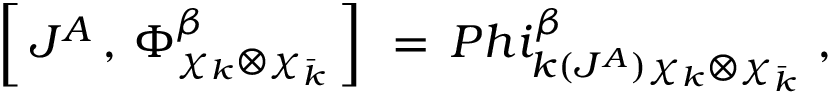
\left[ \, J ^ { A } \, , \, \Phi _ { \chi _ { k } \otimes \chi _ { \bar { k } } } ^ { \beta } \, \right] \ = \, P h i _ { k ( J ^ { A } ) \chi _ { k } \otimes \chi _ { \bar { k } } } ^ { \beta } \ ,